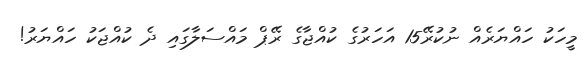
މީހަކު ހައްޔަރެއް ނުކުރޭ15 އަހަރުގެ ކުއްޖާގެ ރޭޕް މައްސަލާގައި ދެ ކުއްޖަކު ހައްޔަރު!